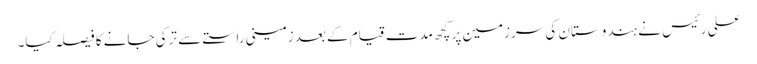
علی رئیس نے ہندوستان کی سرزمین پر کچھ مدت قیام کے بعد زمینی راستے سے ترکی جانے کا فیصلہ کیا۔